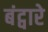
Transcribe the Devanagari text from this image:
बंट्वारे